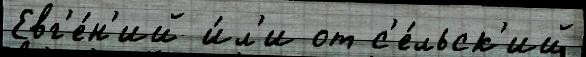
Евг'е́н'ий и́л'и от с'е́льск'ий